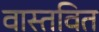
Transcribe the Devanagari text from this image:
वास्तवित